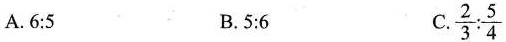
A.$$6 : 5$$ B.$$5 : 6$$ C.$$\frac { 2 } { 3 } : \frac { 5 } { 4 }$$